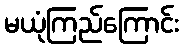
မယုံကြည်ကြောင်း